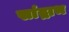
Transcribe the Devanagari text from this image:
सांद्राभ